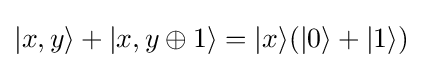
|x,y\rangle +|x,y\oplus 1\rangle =|x\rangle (|0\rangle +|1\rangle )